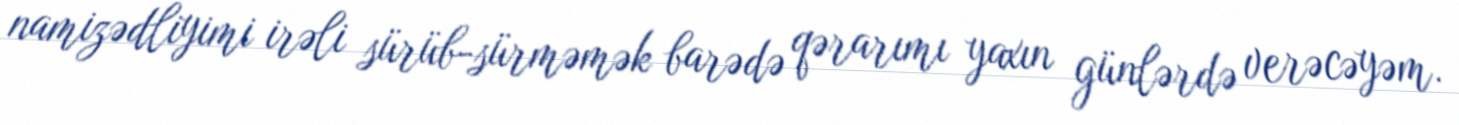
namizədliyimi irəli sürüb-sürməmək barədə qərarımı yaxın günlərdə verəcəyəm.